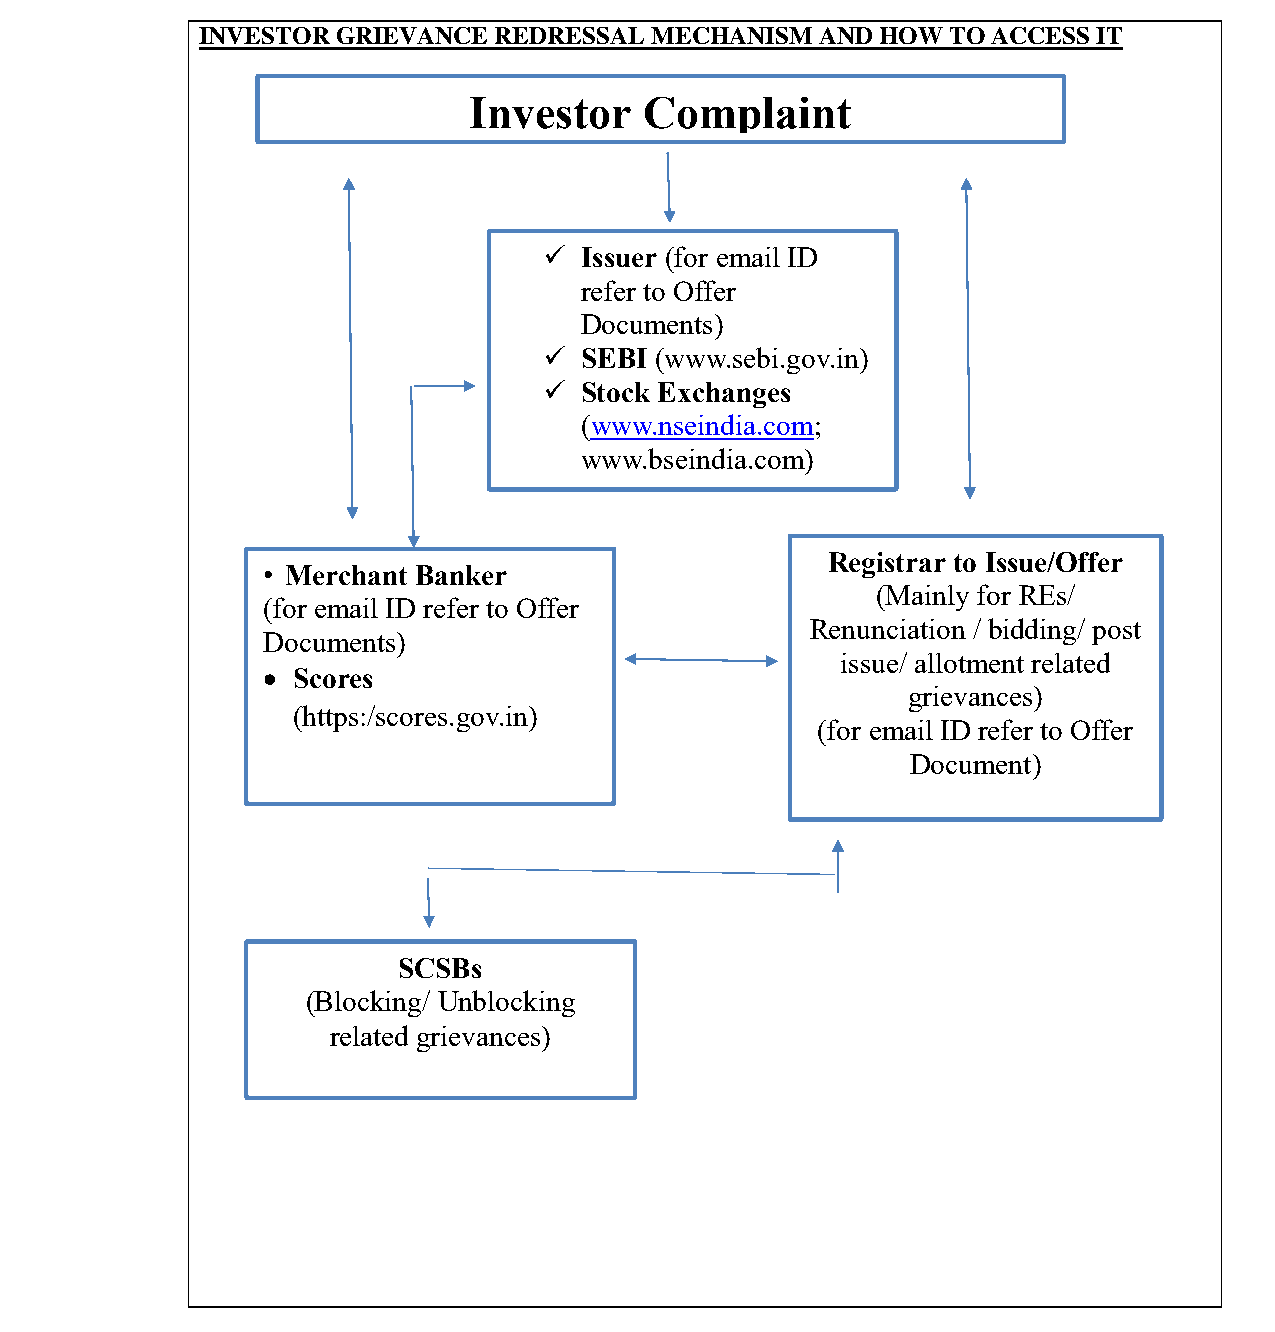
भारतीयप्रततभूततऔरवितिमयबोर्ड
 Securities and Exchange Board of India
 INVESTOR GRIEVANCE  REDRESSAL MECHANISM  AND HOW  TO ACCESS IT
 Investor    Complaint
  Issuer (for email ID
 refer to Offer
 Documents)
  SEBI (www.sebi.gov.in)
  Stock Exchanges
 (www.nseindia.com;
 www.bseindia.com)
 Registrar to Issue/Offer
 • Merchant Banker
 (Mainly for REs/
 (for email ID refer to Offer
 Renunciation / bidding/ post
 Documents)
 issue/ allotment related
  Scores
 grievances)
 (https:/scores.gov.in)
 (for email ID refer to Offer
 Document)
 •  Scores
 (https:/scores.gov.in)
 SCSBs
 (Blocking/ Unblocking
 related grievances)
 Page 16 of 52